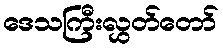
ဒေသကြီးလွှတ်တော်